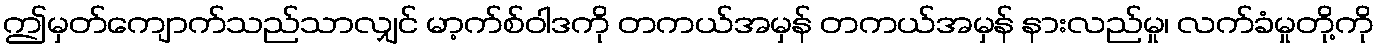
ဤမှတ်ကျောက်သည်သာလျှင် မာ့က်စ်ဝါဒကို တကယ်အမှန် တကယ်အမှန် နားလည်မှု၊ လက်ခံမှုတို့ကို